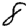
Digit: 8